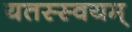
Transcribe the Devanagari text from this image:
यतस्स्वयम्